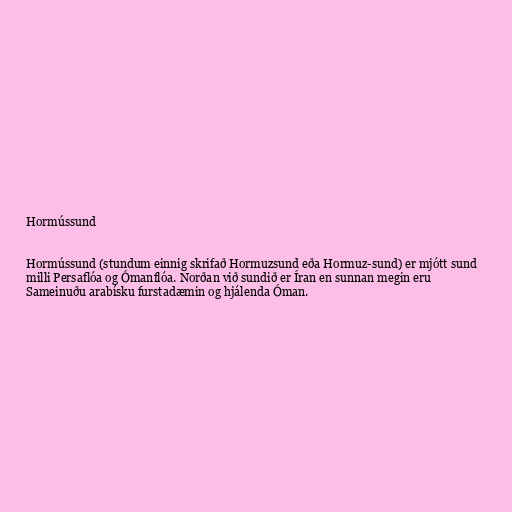
Hormússund

Hormússund (stundum einnig skrifað Hormuzsund eða Hormuz-sund) er mjótt sund
milli Persaflóa og Ómanflóa. Norðan við sundið er Íran en sunnan megin eru
Sameinuðu arabísku furstadæmin og hjálenda Óman.